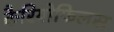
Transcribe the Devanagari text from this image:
कैरियोफिलस